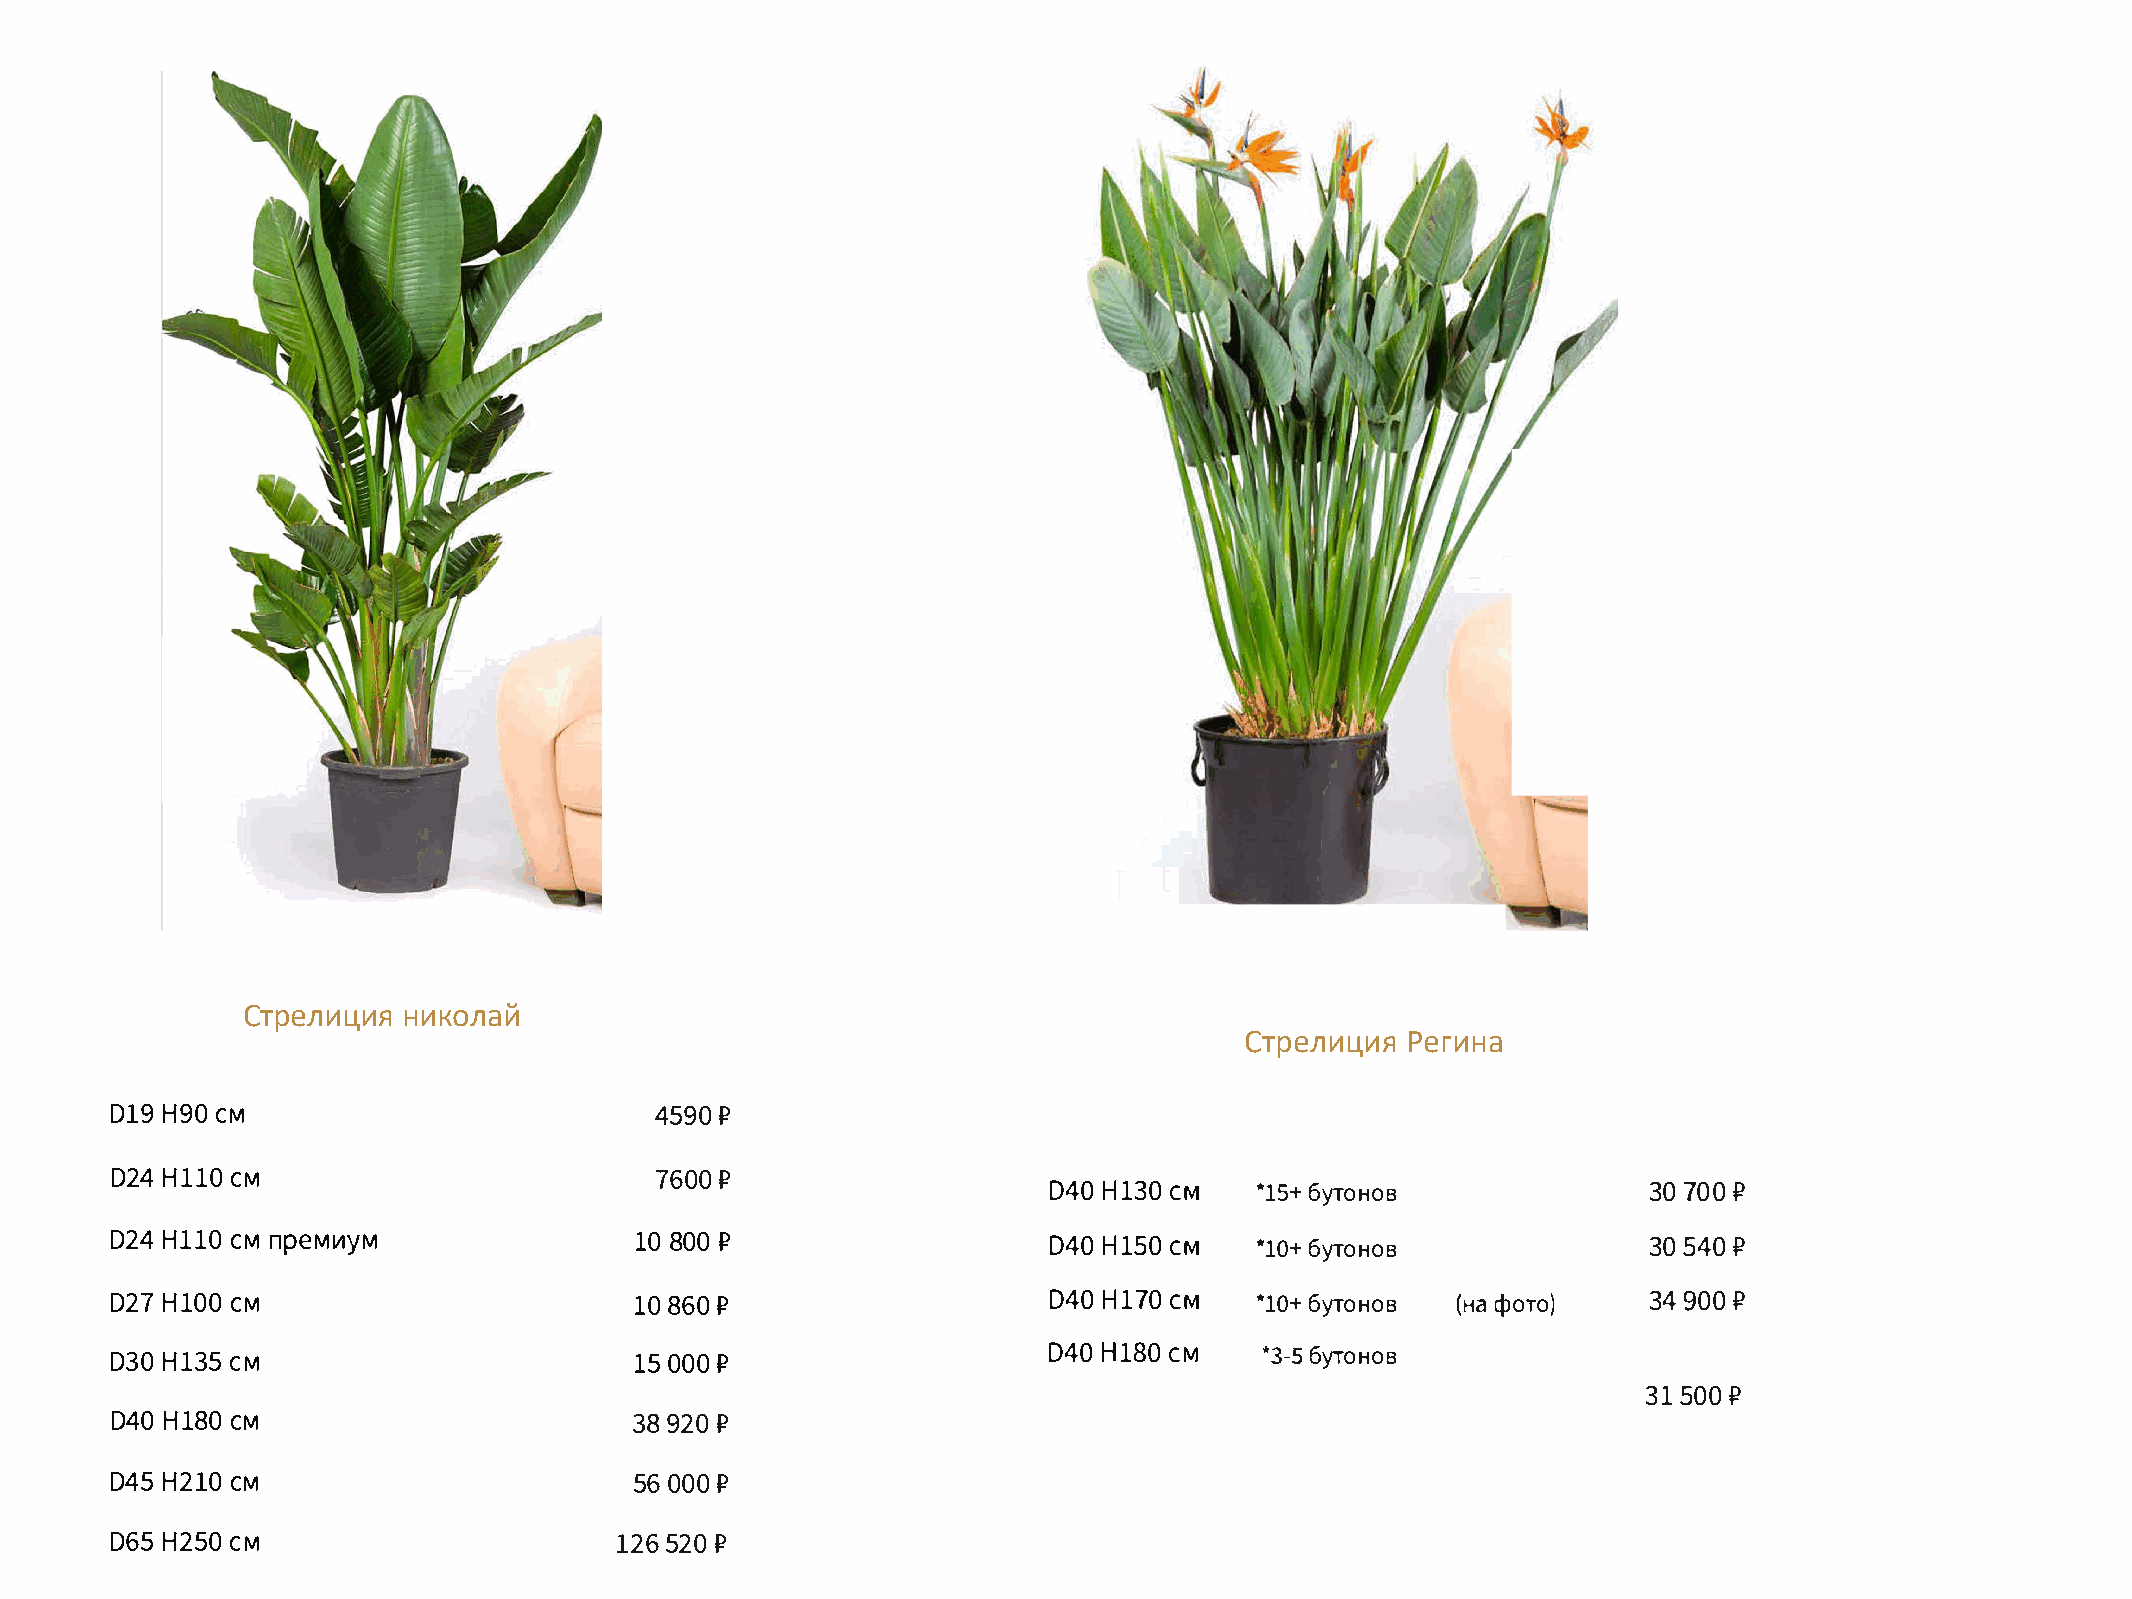
Стрелиция   николай
 Стрелиция    Регина
 D1H99  C0M                          4590P
 D2H4l   lC0M                        7600P
 D40H  l3C0M   "'156y+T OHOB             307 0P0
 D2H4l   lC0Mn peMIIIYM             108 0P0                    D40H  l5C0M   "'106y+T OHOB             305 4P0
 D2H7l   0C0M                       108 6P0                    D40H  l7 0C M "'106y+T OHOB (HaQ) OTO)  349 0P0
 D3H0l   3C5M                       150 0P0
 D40Hl  8C0M
 *3-56 yTOHOB
 3150P0
 D4H0l   8C0M                       389 20P
 D4H52   1C0M                       560 0P0
 D6H52   5C0M                      12562 P0